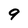
Character: 9